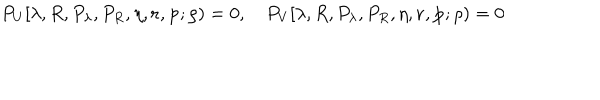
P _ { U } [ \lambda , R , P _ { \lambda } , P _ { R } , \eta , { \mathbf r } , { \mathbf p } ; \rho ) = 0 , \quad P _ { V } [ \lambda , R , P _ { \lambda } , P _ { R } , \eta , { \mathbf r } , { \mathbf p } ; \rho ) = 0